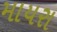
માયરા